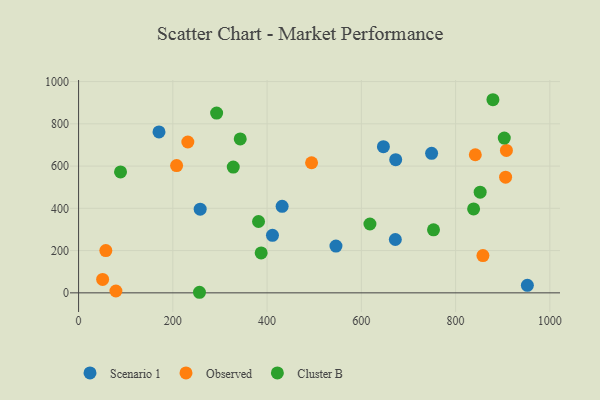
{"axis": {"x": "Price", "y": "Exam Score"}, "legend": ["Cluster B", "Observed", "Scenario 1"], "data": [{"x": "672.9", "y": 630.2, "type": "Scenario 1"}, {"x": "258.0", "y": 396.0, "type": "Scenario 1"}, {"x": "431.9", "y": 409.5, "type": "Scenario 1"}, {"x": "952.3", "y": 35.7, "type": "Scenario 1"}, {"x": "411.4", "y": 272.2, "type": "Scenario 1"}, {"x": "749.1", "y": 660.5, "type": "Scenario 1"}, {"x": "646.8", "y": 691.8, "type": "Scenario 1"}, {"x": "170.6", "y": 761.5, "type": "Scenario 1"}, {"x": "546.1", "y": 221.4, "type": "Scenario 1"}, {"x": "672.1", "y": 252.6, "type": "Scenario 1"}, {"x": "79.2", "y": 8.7, "type": "Observed"}, {"x": "57.8", "y": 200.0, "type": "Observed"}, {"x": "906.1", "y": 547.6, "type": "Observed"}, {"x": "208.0", "y": 602.4, "type": "Observed"}, {"x": "51.0", "y": 63.4, "type": "Observed"}, {"x": "907.8", "y": 674.0, "type": "Observed"}, {"x": "494.4", "y": 615.8, "type": "Observed"}, {"x": "841.8", "y": 653.6, "type": "Observed"}, {"x": "858.0", "y": 176.2, "type": "Observed"}, {"x": "231.8", "y": 713.9, "type": "Observed"}, {"x": "838.2", "y": 397.2, "type": "Cluster B"}, {"x": "328.2", "y": 595.2, "type": "Cluster B"}, {"x": "89.0", "y": 572.5, "type": "Cluster B"}, {"x": "852.1", "y": 476.3, "type": "Cluster B"}, {"x": "753.1", "y": 298.2, "type": "Cluster B"}, {"x": "292.9", "y": 850.9, "type": "Cluster B"}, {"x": "256.5", "y": 2.7, "type": "Cluster B"}, {"x": "903.3", "y": 732.7, "type": "Cluster B"}, {"x": "879.2", "y": 914.1, "type": "Cluster B"}, {"x": "343.0", "y": 728.4, "type": "Cluster B"}, {"x": "387.4", "y": 189.0, "type": "Cluster B"}, {"x": "618.2", "y": 325.8, "type": "Cluster B"}, {"x": "381.8", "y": 337.8, "type": "Cluster B"}]}